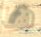
ها